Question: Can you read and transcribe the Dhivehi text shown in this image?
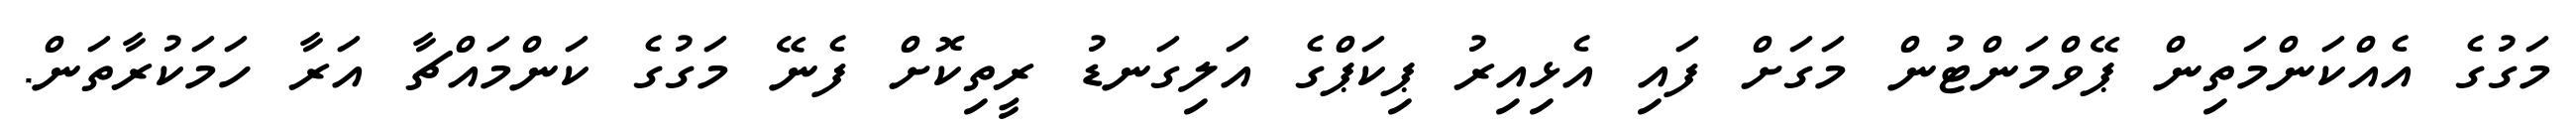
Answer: މަގުގެ އެއްކަންމަތިން ޕޭވްމަންޓުން މަގަށް ފައި އެޅިއިރު ޕިކަޕްގެ އަލިގަނޑު ރީތިކޮށް ފެނޭ މަގުގެ ކަންމައްޗާ އަރާ ހަމަކުރާތަން.